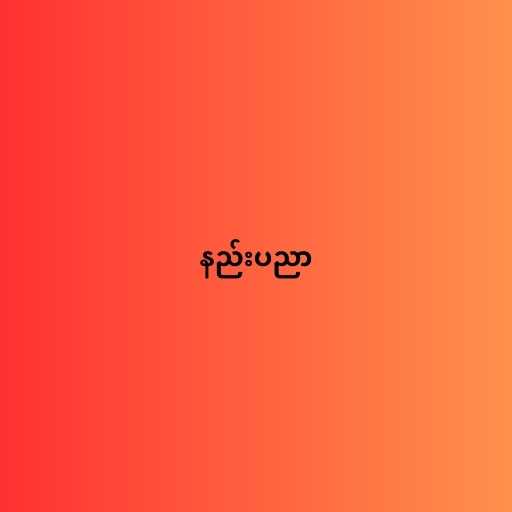
နည်းပညာ